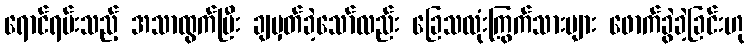
ရောင်ရမ်းသည့် အသာထွက်ပြီး ချမှတ်ခဲ့သော်လည်း ခြေသလုံးကြွက်သားများ ဖောက်ခွဲခဲ့ခြင်းဟု